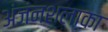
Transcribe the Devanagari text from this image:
अंजंनशलाका